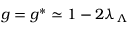
g = g ^ { * } \simeq 1 - 2 \lambda _ { \Lambda }